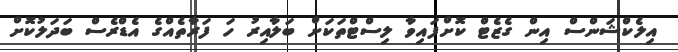
އިލެކްޝަންސް އިން ގެޒެޓް ކޮށްފައިވާ ލިސްޓްތަކަށް ބަލާއިރު ހަ ފަރާތެއްގެ އެޑްރެސް ބަދަލުކޮށް